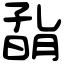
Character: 𡦀